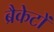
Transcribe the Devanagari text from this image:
ब्रैकेटों